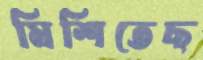
মিশিতেছ